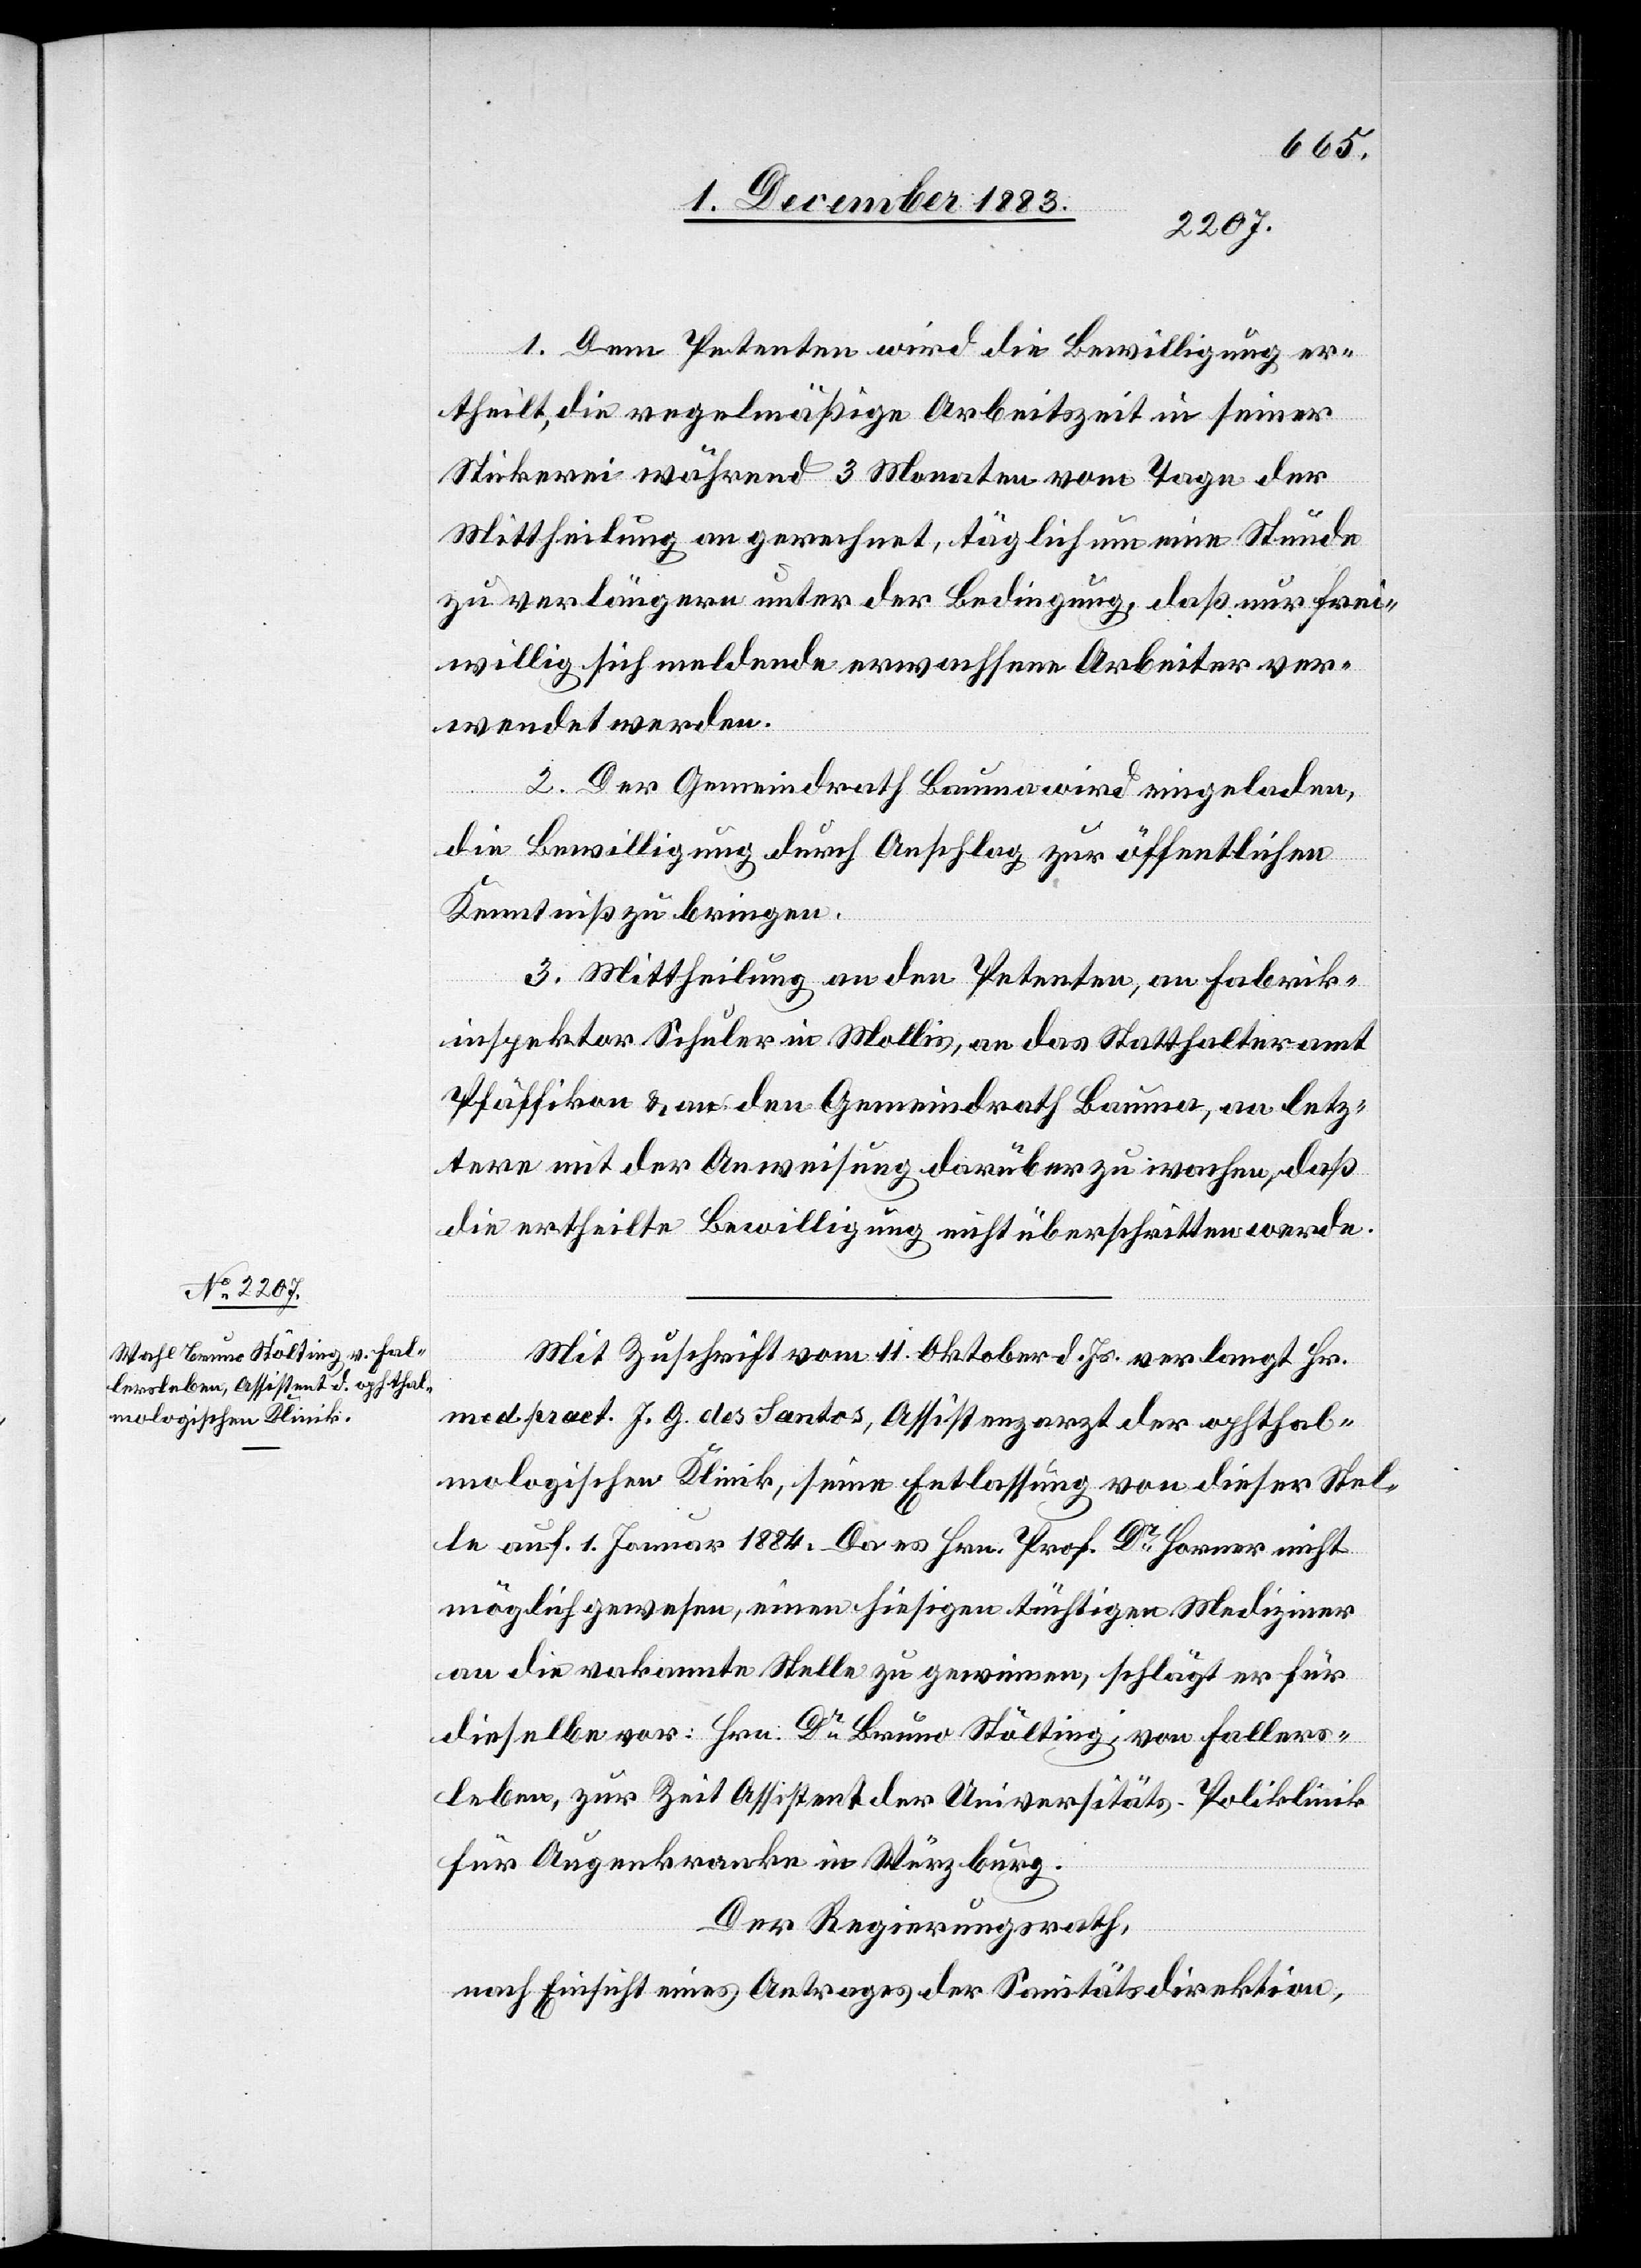
1. Dem Petenten wird die Bewilligung er¬
theilt, die regelmäßige Arbeitszeit in seiner
Stickerei während 3 Monaten vom Tage der
Mittheilung an gerechnet, täglich um eine Stunde
zu verlängern unter der Bedingung, daß nur frei¬
willig sich meldende erwachsene Arbeiter ver¬
wendet werden.
2. Der Gemeindrath Bauma wird eingeladen,
die Bewilligung durch Anschlag zur öffentlichen
Kenntniß zu bringen.
3. Mittheilung an den Petenten, an Fabrik¬
inspektor Schuler in Mollis, an das Statthalteramt
Pfäffikon & an den Gemeindrath Bauma, an letz¬
tere mit der Anweisung darüber zu wachen, daß
die ertheilte Bewilligung nicht überschritten werde.
Mit Zuschrift vom 11. Oktober d. Js. verlangt Hr.
med. pract. J. G. dos Santos, Assistenzarzt der ophthal¬
mologischen Klinik, seine Entlassung von dieser Stel¬
le auf 1. Januar 1884. Da es Hrn. Prof. Dr Horner nicht
möglich gewesen, einen hiesigen tüchtigen Mediziner
an die vakannte [sic!] Stelle zu gewinnen, schlägt er für
dieselbe vor: Hrn. Dr Bruno Stölting, von Fallers¬
leben, zur Zeit Assistent der Universitäts-Poliklinik
für Augenkranke in Würzburg.
Der Regierungsrath,
nach Einsicht eines Antrages der Sanitätsdirektion,